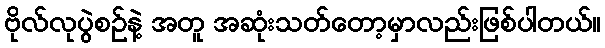
ဗိုလ်လုပွဲစဉ်နဲ့ အတူ အဆုံးသတ်တော့မှာလည်းဖြစ်ပါတယ်။